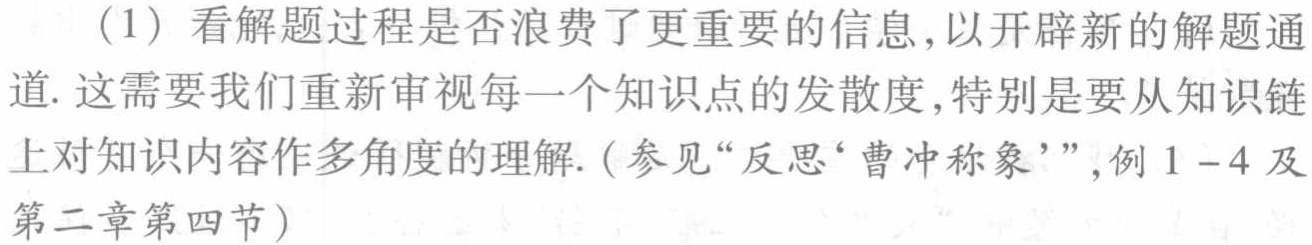
（1）看解题过程是否浪费了更重要的信息,以开辟新的解题通道. 这需要我们重新审视每一个知识点的发散度,特别是要从知识链上对知识内容作多角度的理解. (参见“反思‘曹冲称象’”,例1 - 4及第二章第四节)